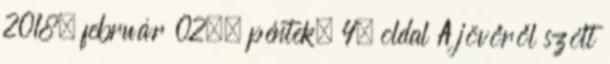
2018. február 02., péntek, 4. oldal A jövőről szólt